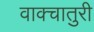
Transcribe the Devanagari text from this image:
वाक्चातुरी